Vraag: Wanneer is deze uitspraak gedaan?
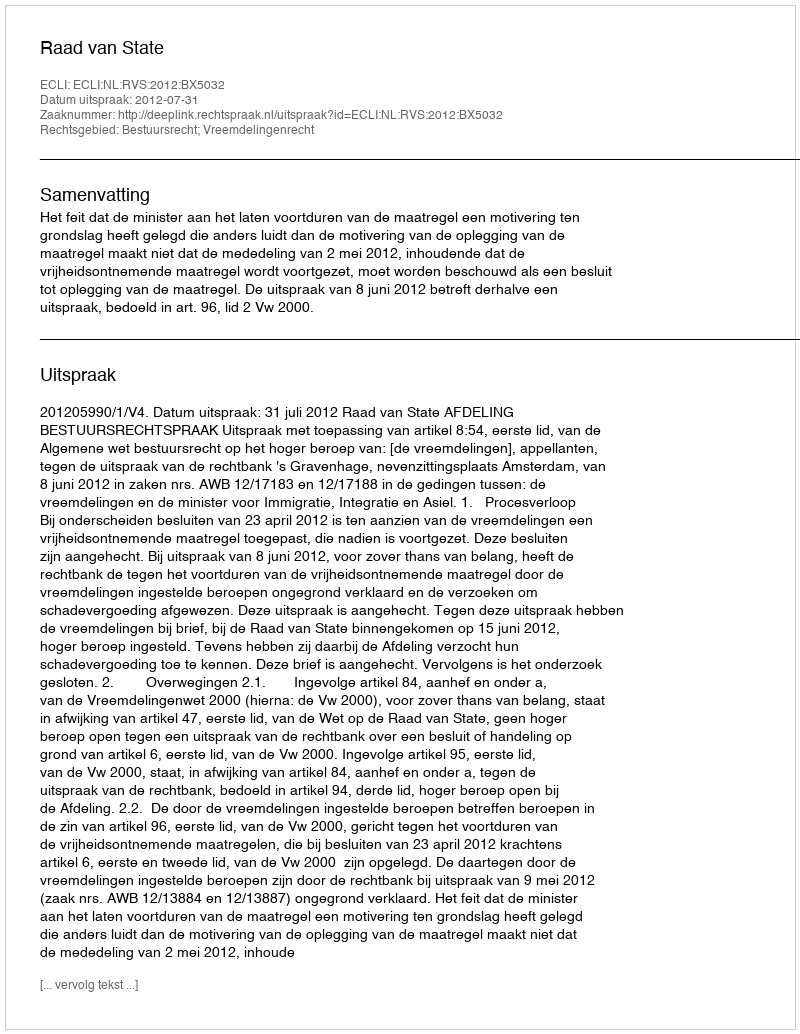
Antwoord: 2012-07-31